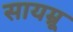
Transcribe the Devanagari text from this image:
सायम्रू